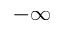
- \infty